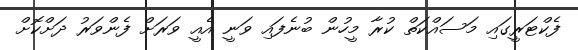
ފެކްޓަރީގައި މަސައްކަތް ކުރާ މީހުން ބުނެފައި ވަނީ އެއީ ވަރަށް ފެންވަރު ދަށްކޮށް